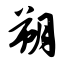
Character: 朔